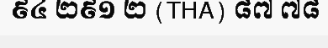
៩៤ ២៩១ ២ (THA) ៨៧ ៧៨